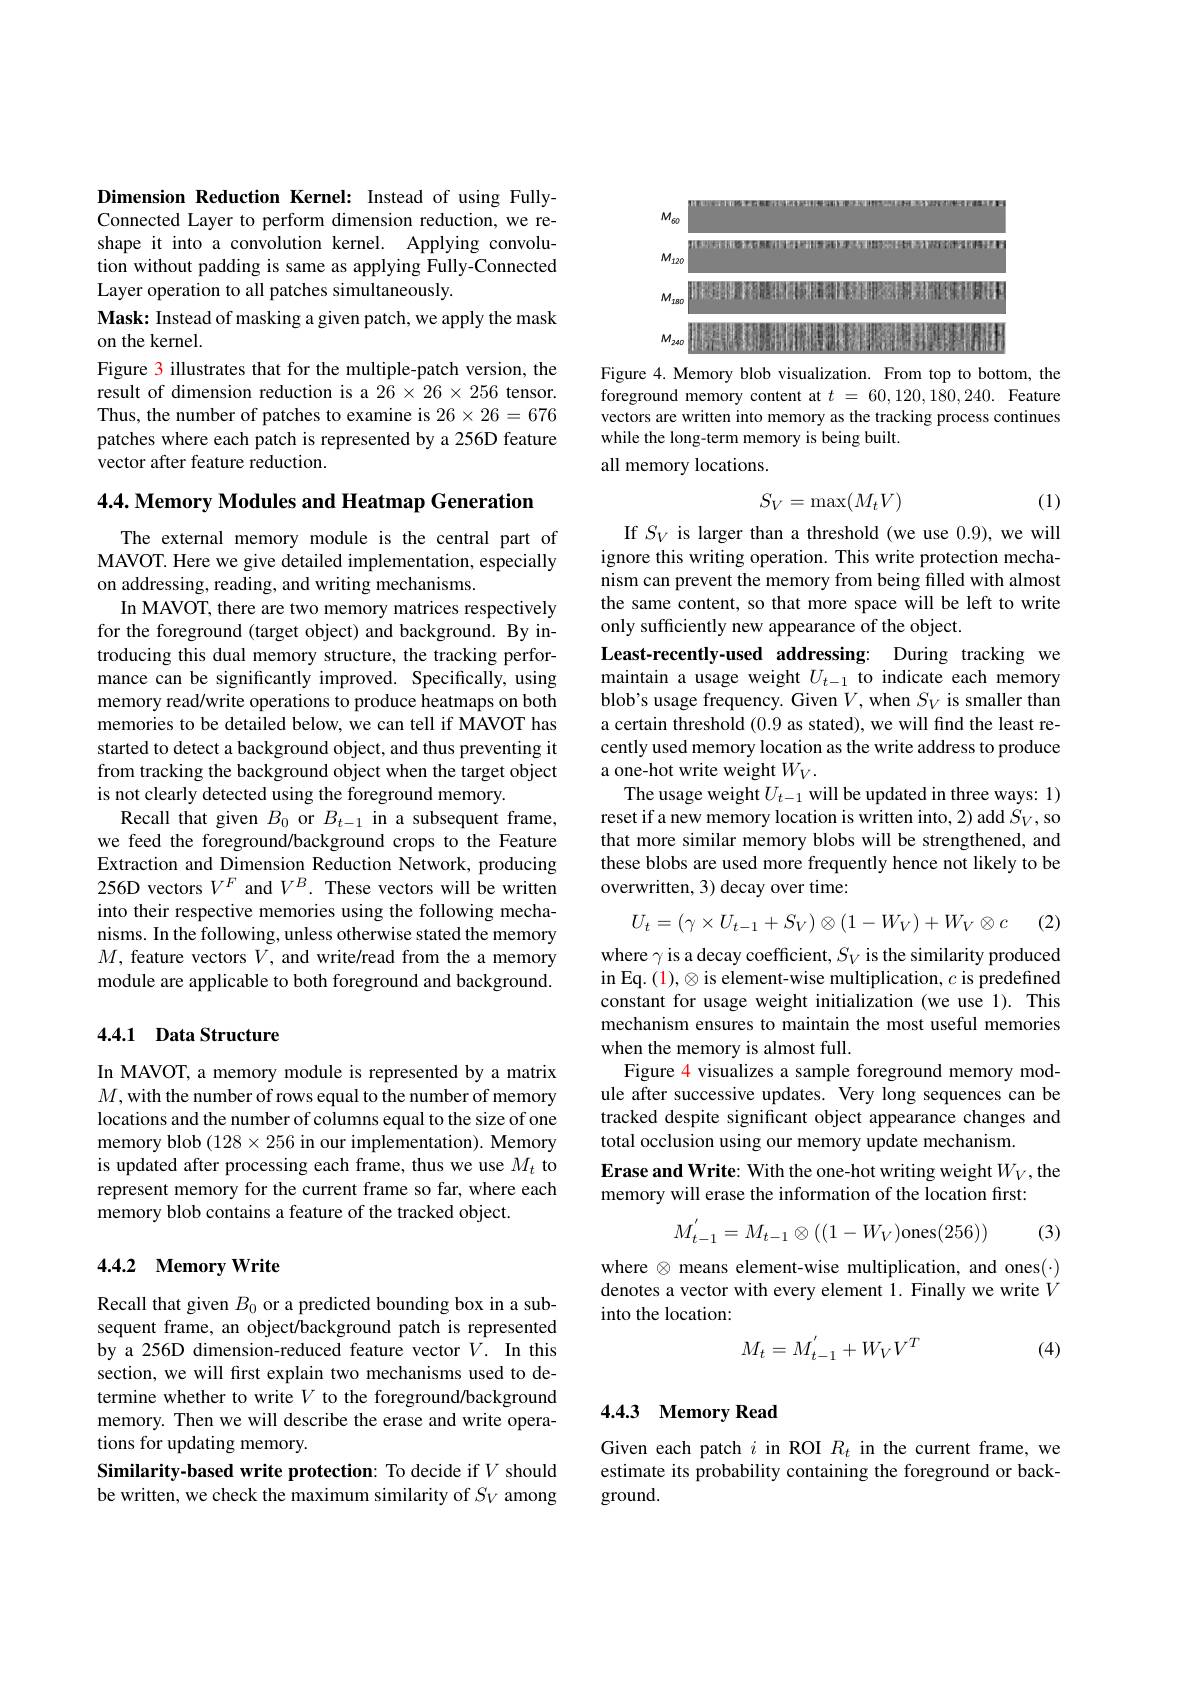
Dimension Reduction Kernel: Instead of using FullyConnected Layer to perform dimension reduction, we reshape it into a convolution kernel. Applying convolution without padding is same as applying Fully-Connected Layer operation to all patches simultaneously.
Mask: Instead of masking a given patch, we apply the mask
on the kernel.
Figure 3 illustrates that for the multiple-patch version, the result of dimension reduction is a $26\times26\times256$ tensor. Thus, the number of patches to examine is 26×26=676 patches where each patch is represented by a 256D feature vector after feature reduction.

4.4. Memory Modules and Heatmap Generation

The external memory module is the central part of MAVOT. Here we give detailed implementation, especially on addressing, reading, and writing mechanisms
In MAVOT, there are two memory matrices respectively for the foreground (target object) and background. By introducing this dual memory structure, the tracking performance can be significantly improved. Specifically, using memory read/write operations to produce heatmaps on both memories to be detailed below, we can tell if MAVOT has started to detect a background object, and thus preventing it from tracking the background object when the target object is not clearly detected using the foreground memory
Recall that given $B_0$ or $B_{t-1}$ in a subsequent frame, we feed the foreground/background crops to the Feature Extraction and Dimension Reduction Network, producing 256D vectors $V^F$ and $V^B.$ These vectors will be written into their respective memories using the following mechanisms. In the following, unless otherwise stated the memory $M$, feature vectors $V$, and write/read from the a memory module are applicable to both foreground and background.

## 4.4.1 Data Structure

In MAVOT, a memory module is represented by a matrix $M$,with the number of rows equal to the number of memory locations and the number of columns equal to the size of one memory blob (128×256 in our implementation). Memory is updated after processing each frame, thus we use $M_t$ to represent memory for the current frame so far, where each memory blob contains a feature of the tracked object.

## 4.4.2 Memory Write

Recall that given $B_0$ or a predicted bounding box in a subsequent frame, an object/background patch is represented by a 256D dimension-reduced feature vector $V.$ In this section, we will first explain two mechanisms used to determine whether to write $V$ to the foreground/background memory. Then we will describe the erase and write operations for updating memory.
Similarity-based write protection: To decide if $V$ should be written, we check the maximum similarity of $S_V$ among

<FigureHere>

Figure 4. Memory blob visualization. From top to bottom, the foreground memory content at $t$ = 60,120,180,240. Feature vectors are written into memory as the tracking process continues while the long-term memory is being built.
all memory locations.

(1)
$$S_V=\max(M_tV)$$
If $S_V$ is larger than a threshold (we use 0.9), we will ignore this writing operation. This write protection mechanism can prevent the memory from being filled with almost the same content, so that more space will be left to write only sufficiently new appearance of the object.
Least-recently-used addressing: During tracking we maintain a usage weight $U_{t-1}$ to indicate each memory blob's usage frequency. Given $V$, when $S_V$ is smaller than a certain threshold (0.9 as stated), we will find the least recently used memory location as the write address to produce a one-hot write weight $W_V.$
The usage weight $U_t-1$ will be updated in three ways: 1) reset if a new memory location is written into, 2) add $S_V$, so that more similar memory blobs will be strengthened, and these blobs are used more frequently hence not likely to be overwritten, 3) decay over time:
$$U_{t}=(\gamma\times U_{t-1}+S_{V})\otimes(1-W_{V})+W_{V}\otimes c$$
: (2)

where $\gamma$ is a decay coefficient, $S_V$ is the similarity produced in Eq. (1), ⊗ is element-wise multiplication, $c$ is predefined constant for usage weight initialization (we use 1). This mechanism ensures to maintain the most useful memories when the memory is almost full.
Figure 4 visualizes a sample foreground memory module after successive updates. Very long sequences can be tracked despite significant object appearance changes and total occlusion using our memory update mechanism.
Erase and Write: With the one-hot writing weight $W_V$,the
memory will erase the information of the location first:
$$M_{t-1}^{'}=M_{t-1}\otimes((1-W_{V})\text{ones}(256))$$
(3)

where $\otimes$ means element-wise multiplication, and ones(·) denotes a vector with every element 1. Finally we write $V$ into the location:
$$M_{t}=M_{t-1}^{'}+W_{V}V^{T}$$
(4)

## 4.4.3 Memory Read

Given each patch $i$ in ROI $R_t$ in the current frame, we estimate its probability containing the foreground or background.